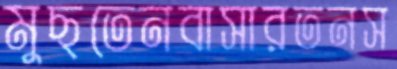
মুছতেনবাসারতনস